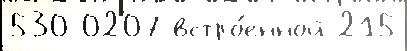
530 0207 встро́енной 215